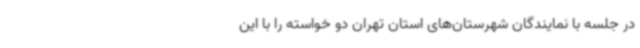
در جلسه با نمایندگان شهرستان‌های استان تهران دو خواسته را با این